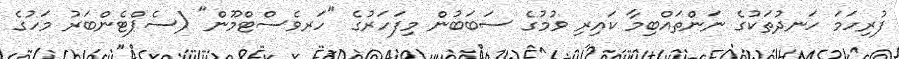
ފުރިހަމަ ހަނދުތަކުގެ ނަންތައްބިމާ ކައިރި ވުމުގެ ސަބަބުން މިފަހަރުގެ "ހަރވެސްޓްމޫން" (ސެޕްޓެންބަރު މަހުގެ